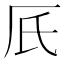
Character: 𠨿